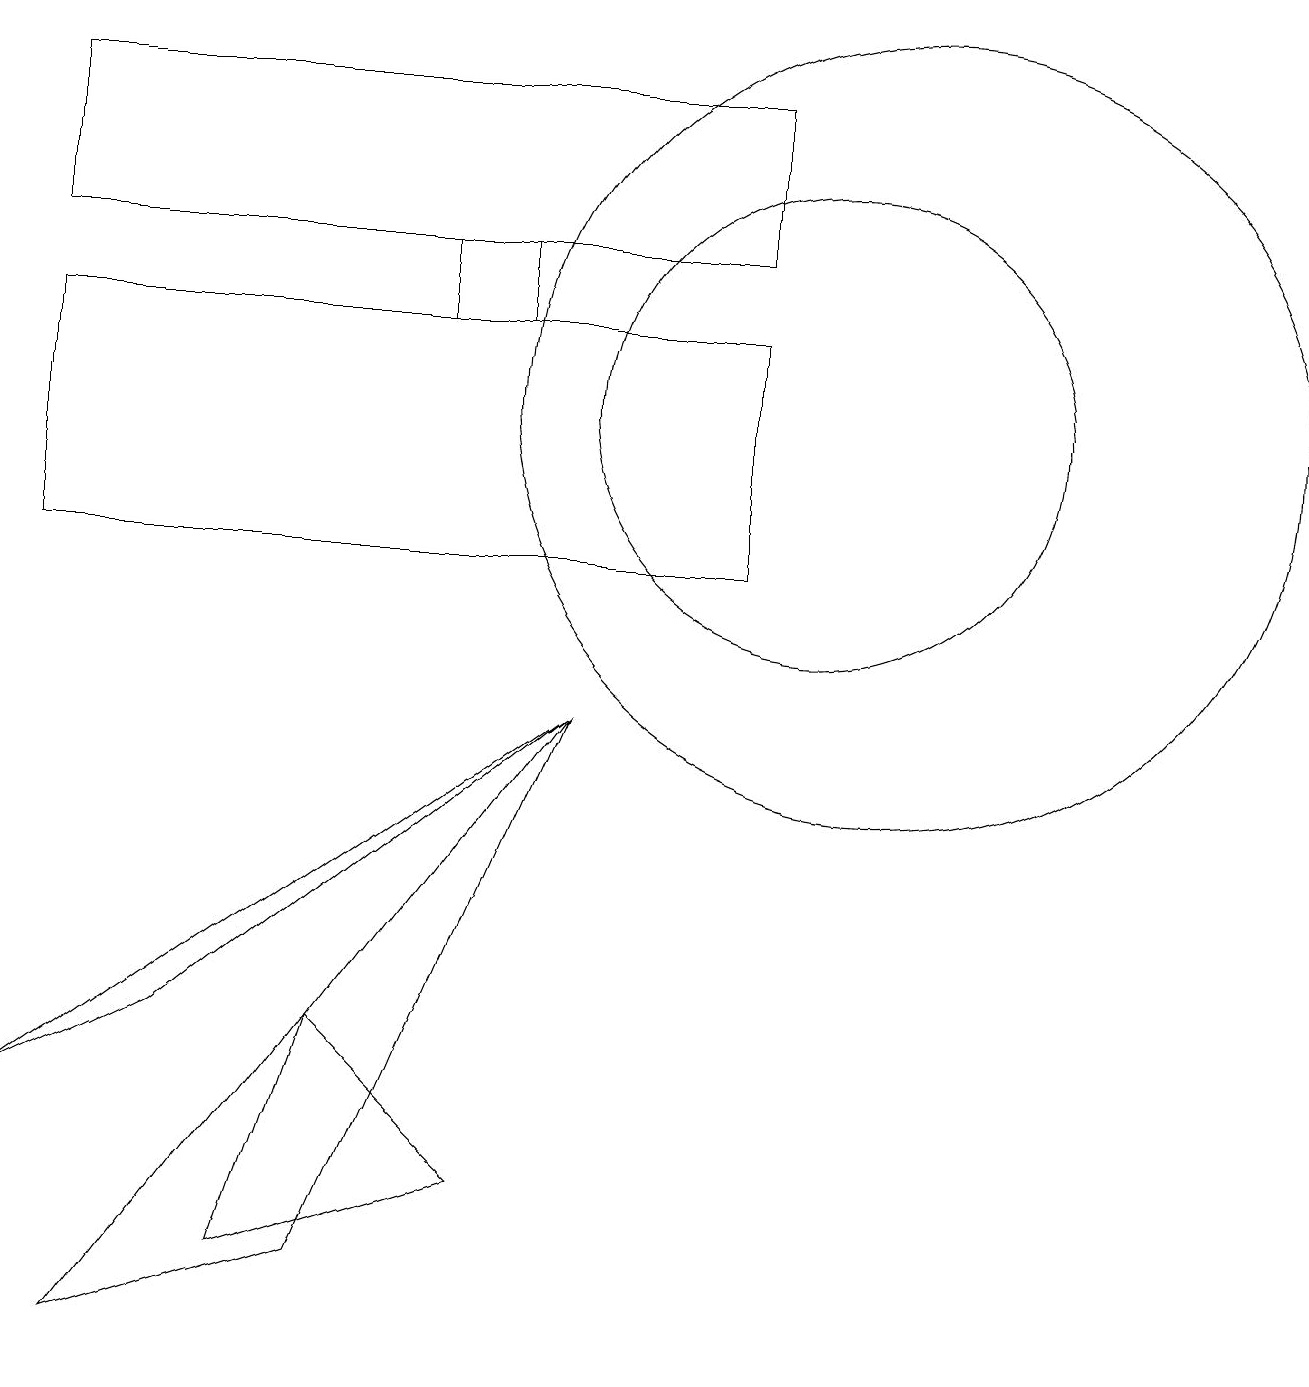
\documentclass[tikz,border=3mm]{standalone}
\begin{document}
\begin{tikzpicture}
\draw (6,13) rectangle (5,14);
\draw (9,13) rectangle (0,10);
\draw (7,8) -- (4,1) -- (1,0) -- cycle;
\draw (2,4) -- (0,3) -- (7,8) -- cycle;
\draw (0,16) rectangle (9,14);
\draw (11,12) circle (5);
\draw (3,1) -- (6,2) -- (4,4) -- cycle;
\draw (10,12) circle (3);
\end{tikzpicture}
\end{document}